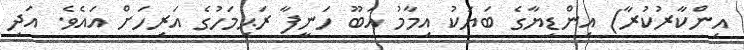
އިންކާރުކުރާ) އިންޑިޔާގެ ބަޔަކު އިމާމު އަބޫ ހަނީފާ ރަޙިމަހުގެ އަރިހަށް އައެވެ. އަދި